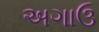
અગાઉ